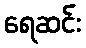
ရေဆင်း